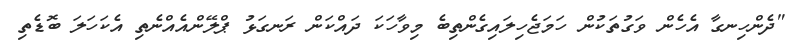
"ދެންހިނގާ އެހެން ވަގުތަކުން ހަމަޖެހިލައިގެންތިބެ މިވާހަކަ ދައްކަން ރަނގަޅު ޕްލޭންއެއްނެތި އެކަހަލަ ބޮޑެތި